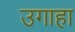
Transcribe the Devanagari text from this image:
उगाहा